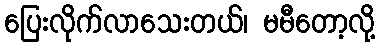
ပြေးလိုက်လာသေးတယ်၊ မမီတော့လို့